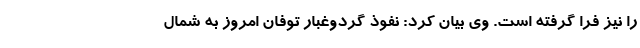
را نیز فرا گرفته است. وی بیان کرد: نفوذ گردوغبار توفان امروز به شمال